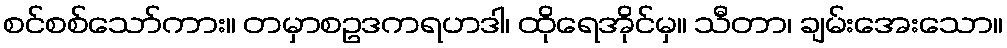
စင်စစ်သော်ကား။ တမှာစဥဒကရဟဒါ၊ ထိုရေအိုင်မှ။ သီတာ၊ ချမ်းအေးသော။